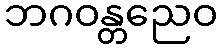
ဘဂဝန္တညေဝ